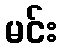
မင်း